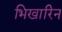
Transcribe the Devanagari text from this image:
भिखारिन